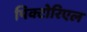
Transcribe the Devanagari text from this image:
पिक्टोरिएल